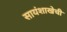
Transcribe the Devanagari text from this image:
सायंशाखेची